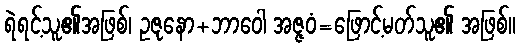
ရဲရင့်သူ၏အဖြစ်၊ ဥဇုနော+ဘာဝေါ အဇ္ဇဝံ=ဖြောင့်မတ်သူ၏ အဖြစ်။